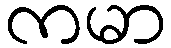
ကမာ